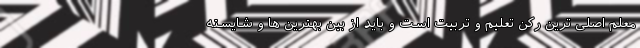
معلم اصلی ترین رکن تعلیم و تربیت است و باید از بین بهترین ها و شایسته